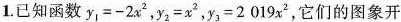
1.已知函数$$y _ { 1 } = - 2 x ^ { 2 }$$，$$y _ { 2 } = x ^ { 2 }$$，$$y _ { 3 } = 2 0 1 9 x ^ { 2 }$$，它们的图象开